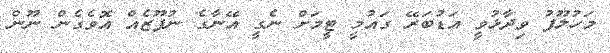
މަހުލޫފު ވިދާޅުވީ އަޑުބަރޭ ގައުމީ ޓީމަށް ނެގީ އޭނާގެ ނުފޫޒެއް އޮވެގެން ނޫން